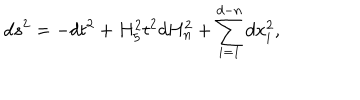
d s ^ { 2 } = - d t ^ { 2 } + H _ { 5 } ^ { 2 } t ^ { 2 } d H _ { n } ^ { 2 } + \sum _ { i = 1 } ^ { d - n } d x _ { i } ^ { 2 } ,